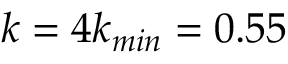
k = 4 k _ { m i n } = 0 . 5 5